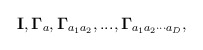
\begin{align*}{\bf I},{\bf \Gamma }_{a},{\bf \Gamma }_{a_{1}a_{2}},...,{\bf\Gamma}_{a_{1}a_{2} \cdot \cdot \cdot a_{D}}, \end{align*}